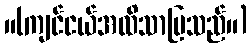
။(ကျင်ငယ်အထိသာပြသည်။)